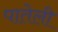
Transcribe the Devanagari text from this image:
पातेली